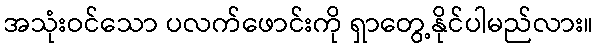
အသုံးဝင်သော ပလက်ဖောင်းကို ရှာတွေ့နိုင်ပါမည်လား။